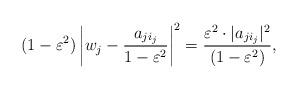
LaTeX: \begin{align*}(1-\varepsilon^2)\left|w_j-\frac{a_{ji_{j}}}{1-\varepsilon^2}\right|^2=\frac{\varepsilon^2\cdot|a_{ji_{j}}|^2}{(1-\varepsilon^2)},\end{align*}